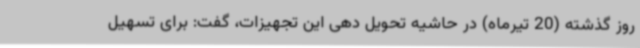
روز گذشته (20 تیرماه) در حاشیه تحویل دهی این تجهیزات، گفت: برای تسهیل